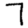
Digit: 7